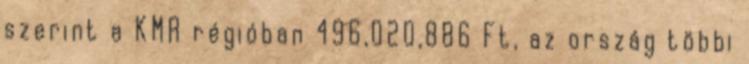
szerint a KMR régióban 496,020,886 Ft, az ország többi